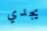
يجدي